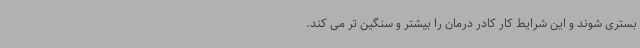
بستری شوند و این شرایط کار کادر درمان را بیشتر و سنگین تر می کند.